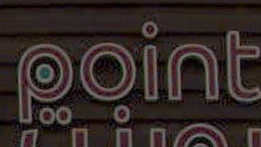
Point